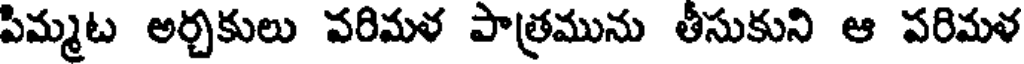
పిమ్మట అర్చకులు వరిమళ పాత్రమును తీసుకుని ఆ పరిమళ